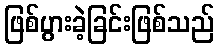
ဖြစ်ပွားခဲ့ခြင်းဖြစ်သည်